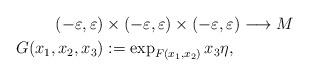
LaTeX: \begin{align*}(-\varepsilon, \varepsilon) &\times (-\varepsilon, \varepsilon) \times (-\varepsilon, \varepsilon) \longrightarrow M \\ G(x_1,x_2,x_3)&:= \exp_{F(x_1,x_2)} x_3 \eta,\end{align*}